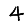
Digit: 4